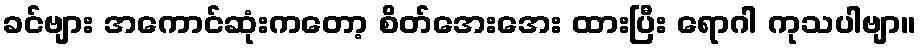
ခင်ဗျား အကောင်ဆုံးကတော့ စိတ်အေးအေး ထားပြီး ရောဂါ ကုသပါဗျာ။